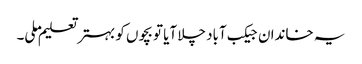
یہ خاندان جیکب آباد چلا آیا تو بچوں کو بہتر تعلیم ملی۔